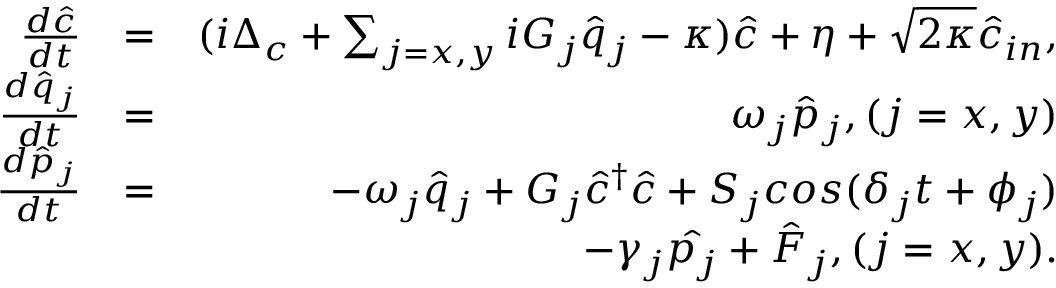
\begin{array} { r l r } { \frac { d \hat { c } } { d t } } & { = } & { ( i \Delta _ { c } + \sum _ { j = x , y } i G _ { j } \hat { q } _ { j } - \kappa ) \hat { c } + \eta + \sqrt { 2 \kappa } \hat { c } _ { i n } , } \\ { \frac { d \hat { q } _ { j } } { d t } } & { = } & { \omega _ { j } \hat { p } _ { j } , ( j = x , y ) } \\ { \frac { d \hat { p } _ { j } } { d t } } & { = } & { - \omega _ { j } \hat { q } _ { j } + G _ { j } \hat { c } ^ { \dag } \hat { c } + S _ { j } c o s ( \delta _ { j } t + \phi _ { j } ) } \\ & { } & { - \gamma _ { j } \hat { p _ { j } } + \hat { F } _ { j } , ( j = x , y ) . } \end{array}